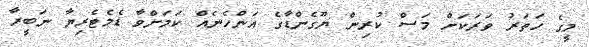
މީގެ ހަތަރު ވަރަކަށް މަސް ކުރިން ޔޫގެންޑާގެ އަންހެނެއް ކަމަށްވާ ޑެމެޓެރިޔާ ނަބީރާ